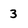
Character: 3